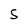
Character: S